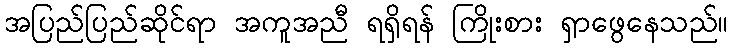
အပြည်ပြည်ဆိုင်ရာ အကူအညီ ရရှိရန် ကြိုးစား ရှာဖွေနေသည်။